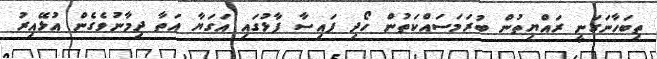
ތިބަހާނަގަނީ ރައްޔިތުން ބުރަމަސައްކަތުން ހޯދި ފައިސާ ފާޅުގައި އަގަޔާ އަތާ ދިމާނުވެގެން އުޅޭއިރު